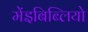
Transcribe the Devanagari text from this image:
मेंइबिब्लियो